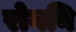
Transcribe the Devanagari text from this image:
रोगनि